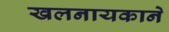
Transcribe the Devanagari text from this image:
खलनायकाने